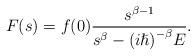
LaTeX: \begin{align*}F(s)=f(0)\dfrac{s^{\beta-1}}{s^{\beta}-{\left(i\hslash\right)}^{-\beta}E}.\end{align*}